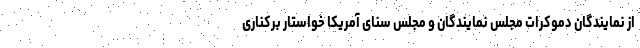
از نمایندگان دموکرات مجلس نمایندگان و مجلس سنای آمریکا خواستار برکناری